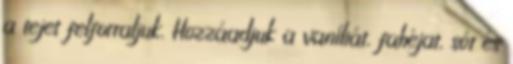
a tejet felforraljuk. Hozzáadjuk a vaníliát, fahéjat, sót és